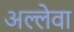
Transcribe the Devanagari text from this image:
अल्लेवा